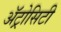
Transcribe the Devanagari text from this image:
अॅट्रोसिटी